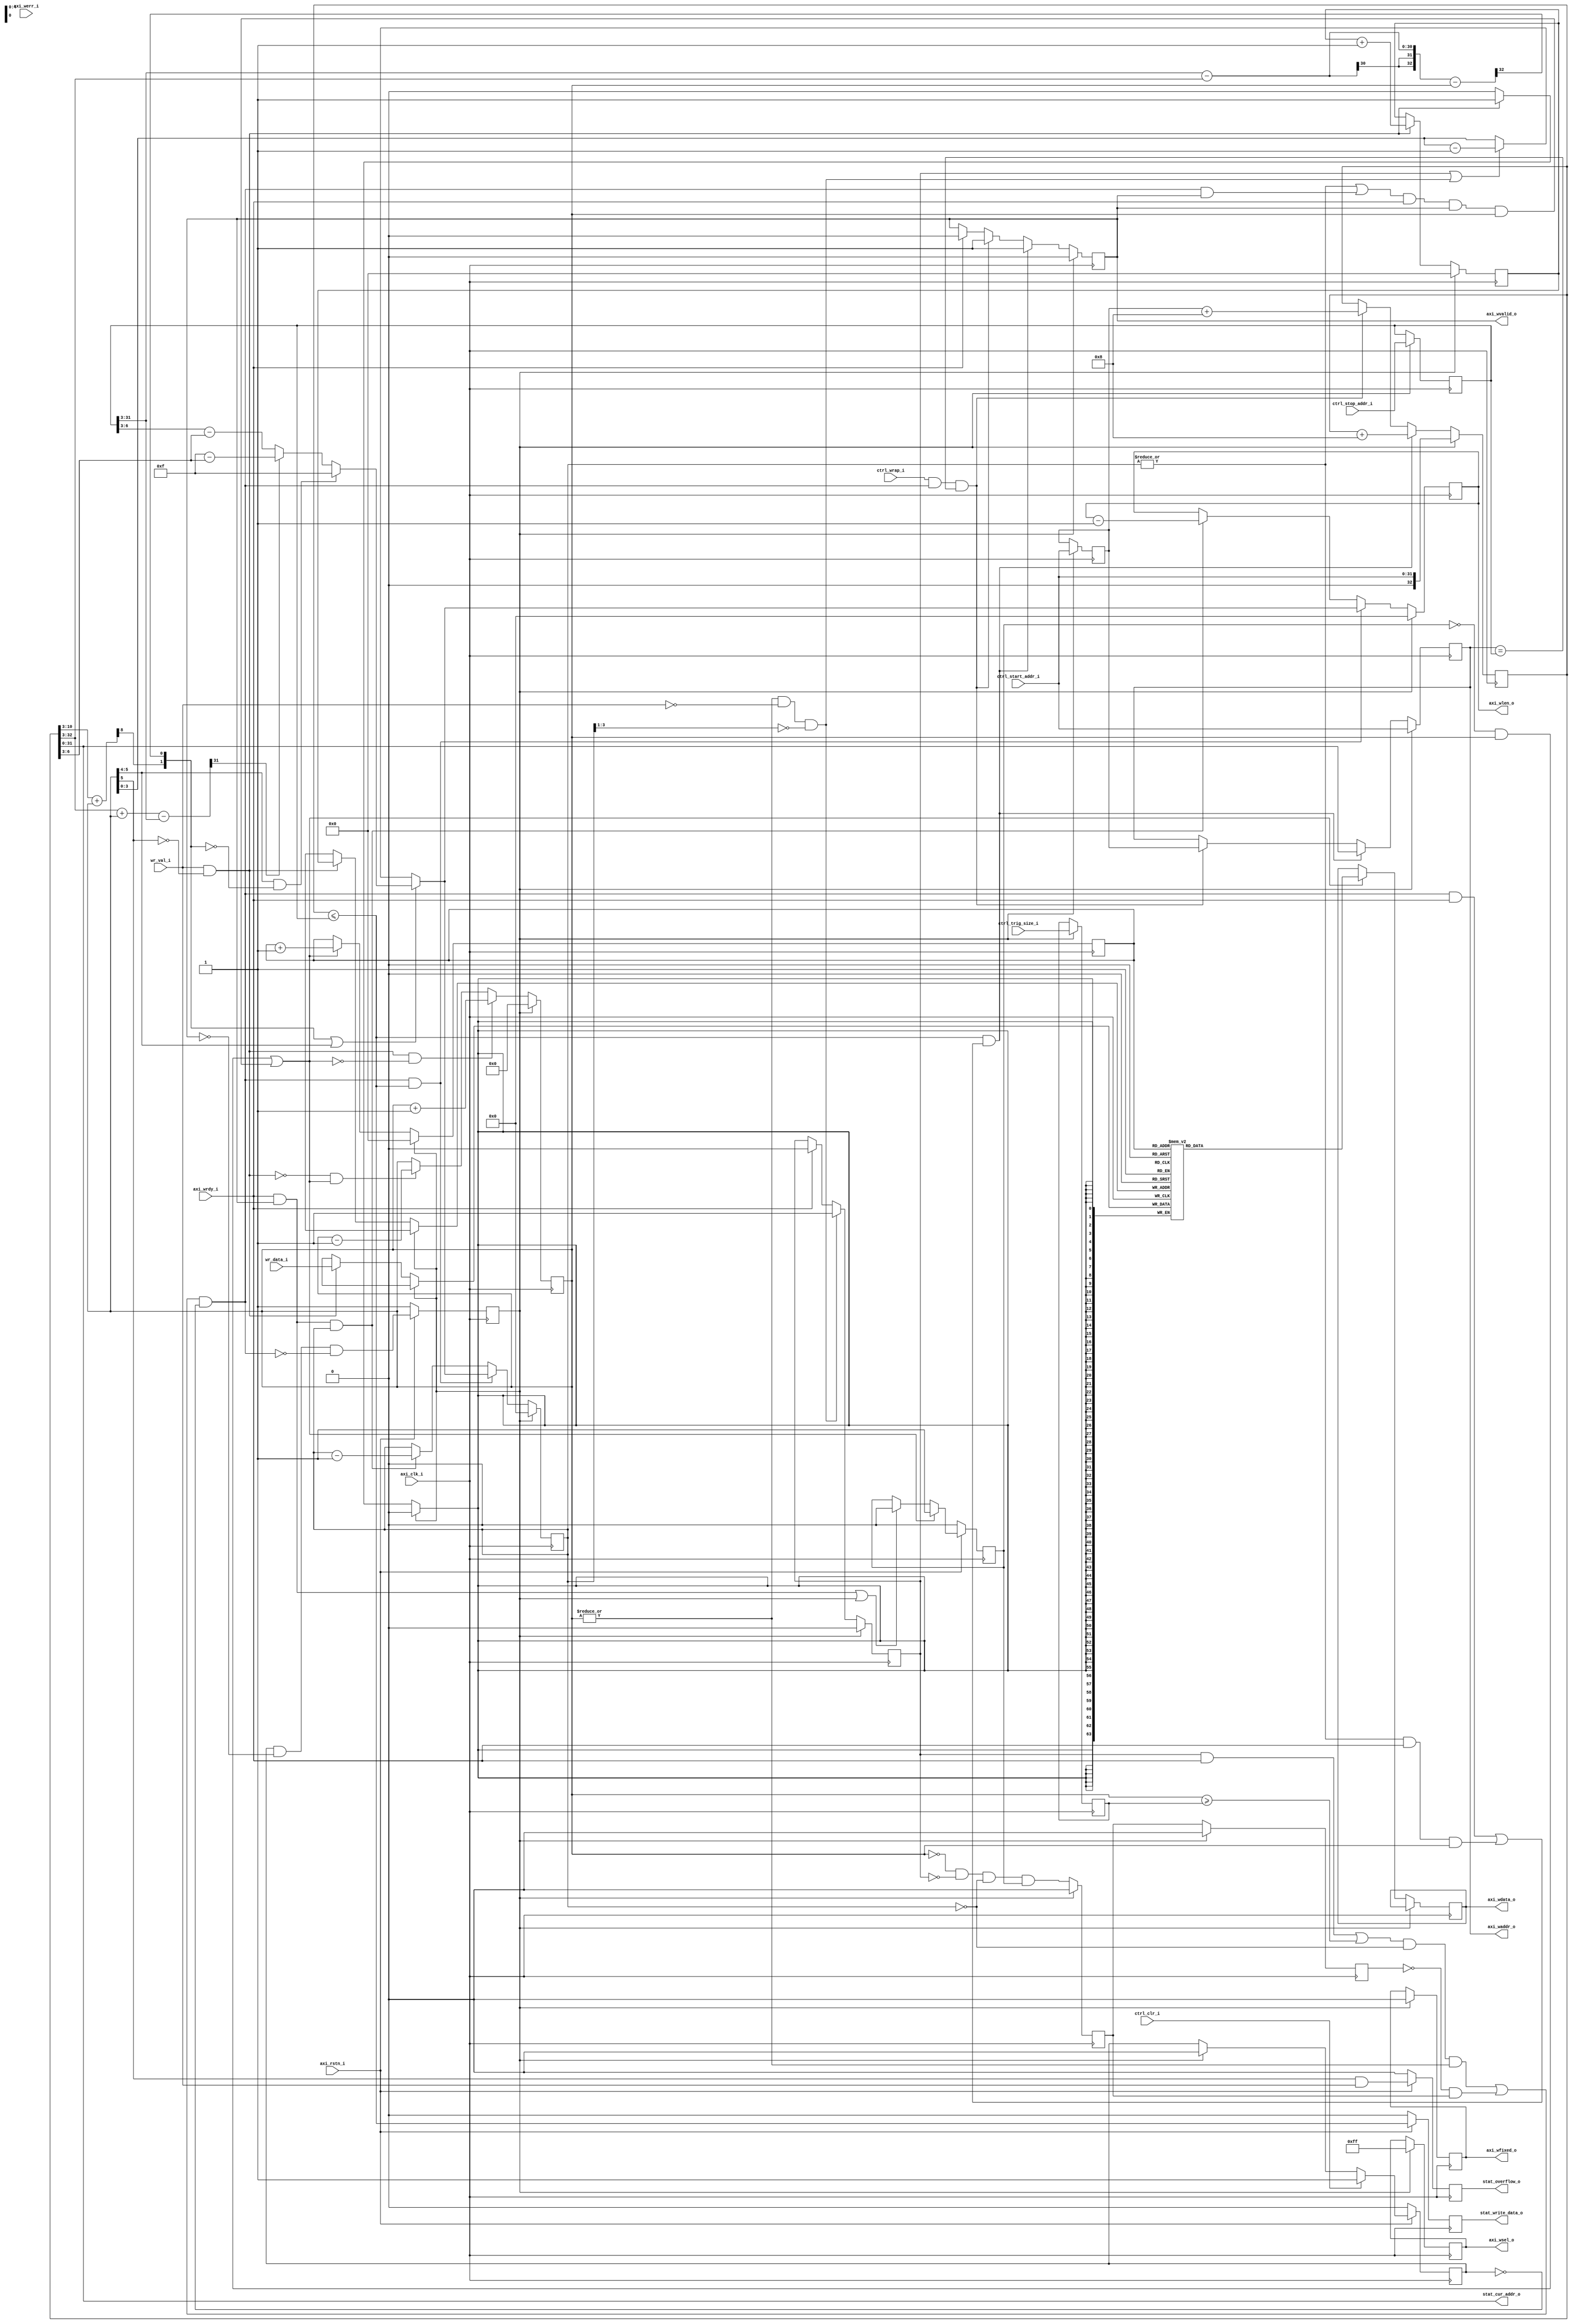
/*
* Copyright (c) 2015 Instrumentation Technologies
* All Rights Reserved.
*
* $Id: $
*/


// synopsys translate_off
`timescale 1ns / 1ps
// synopsys translate_on

module axi_wr_fifo #(
  parameter   DW  =  64      , // data width (8,16,...,1024)
  parameter   AW  =  32      , // address width
  parameter   FW  =   5      , // address width of FIFO pointers
  parameter   SW  = DW >> 3    // strobe width - 1 bit for every data byte
)
(
   // global signals
   input                  axi_clk_i          , // global clock
   input                  axi_rstn_i         , // global reset

   // Connection to AXI master
   output reg  [ AW-1: 0] axi_waddr_o        , // write address
   output reg  [ DW-1: 0] axi_wdata_o        , // write data
   output reg  [ SW-1: 0] axi_wsel_o         , // write byte select
   output reg             axi_wvalid_o       , // write data valid
   output reg  [  4-1: 0] axi_wlen_o         , // write burst length
   output reg             axi_wfixed_o       , // write burst type (fixed / incremental)
   input                  axi_werr_i         , // write error
   input                  axi_wrdy_i         , // write ready

   // data and configuration
   input       [ DW-1: 0] wr_data_i          , // write data
   input                  wr_val_i           , // write data valid
   input       [ AW-1: 0] ctrl_start_addr_i  , // range start address
   input       [ AW-1: 0] ctrl_stop_addr_i   , // range stop address
   input       [  4-1: 0] ctrl_trig_size_i   , // trigger level
   input                  ctrl_wrap_i        , // start from begining when reached stop
   input                  ctrl_clr_i         , // clear / flush
   output reg             stat_overflow_o    , // overflow indicator
   output      [ AW-1: 0] stat_cur_addr_o    , // current address
   output reg             stat_write_data_o    // write data indicator
);



//---------------------------------------------------------------------------------
//
// Write address channel


reg  [ FW-1: 0] wr_pt              ;
reg  [ FW-1: 0] rd_pt              ;
reg  [ FW  : 0] fill_lvl           ;
reg  [ DW-1: 0] fifo[(1<<FW)-1:0]  ;
reg             data_in_reg        ;
reg             clear              ;
reg  [  4-1: 0] dat_cnt            ;
reg  [ AW  : 0] next_address       ;
reg             fifo_flush         ;
reg  [ AW-1: 0] sys_start_addr_r   ;
reg  [ AW-1: 0] sys_stop_addr_r    ;
reg  [  4-1: 0] sys_trig_size_r    ;

wire push = wr_val_i && !fill_lvl[FW] ;
wire pop ;
wire new_burst ;

// overflow detection & indication
always @ (posedge axi_clk_i)
begin
   if (!axi_rstn_i) begin
      stat_overflow_o <= 'h0 ;
   end
   else begin
      stat_overflow_o <= fill_lvl[FW] && wr_val_i;
   end
end

reg clear_do ;
always @ (posedge axi_clk_i)
begin
   if (!axi_rstn_i) begin
      clear    <= 1'h1 ;
      clear_do <= 1'b0 ;
   end
   else begin 
      if (ctrl_clr_i)
         clear_do <= 1'b1 ;
      else if (clear)
         clear_do <= 1'b0 ;

      clear <= clear_do && !axi_wvalid_o && !new_burst;
   end
end



always @ (posedge axi_clk_i)
begin
   if (clear) begin
      wr_pt <= 4'h0 ;
      rd_pt <= 4'h0 ;
   end
   else begin
      if (push) begin
         fifo[wr_pt] <= wr_data_i                  ;
         wr_pt       <= wr_pt + {{FW-1{1'b0}},1'b1} ;
      end

      if (pop) begin
         axi_wdata_o <= fifo[rd_pt]                 ;
         rd_pt       <= rd_pt + {{FW-1{1'b0}},1'b1} ;
      end
   end
end



always @(posedge axi_clk_i)
begin
   if (!axi_rstn_i) begin
      data_in_reg <= 'h0 ;
   end
   else begin
      if (pop)
         data_in_reg <= 1'b1 ;
      else if ((axi_wrdy_i && axi_wvalid_o) || clear)
         data_in_reg <= 1'b0 ;
   end
end


wire fifo_flush_cond = |fill_lvl && !wr_val_i && !dat_cnt[3:1];

always @(posedge axi_clk_i)
begin
   if (clear) begin
      fill_lvl   <= {FW+1{1'h0}} ;
      fifo_flush <= 1'h0 ;
   end
   else begin
      if (push && !pop)
         fill_lvl <= fill_lvl + {{FW{1'b0}}, 1'h1} ;
      else if(!push && pop)
         fill_lvl <= fill_lvl - {{FW{1'b0}}, 1'h1} ;

      if (fifo_flush_cond)
         fifo_flush <= 1'b1 ;
      else if (axi_wrdy_i)
         fifo_flush <= 1'b0 ;
   end
end










wire [8   :0] next_end_address   = next_address[10:3] + {3'h0,fill_lvl} ; // to where we have data
wire [AW  :0] next_stop_address  = {1'b0,sys_stop_addr_r[AW-1:3]} - next_address[AW:3] - {{AW-FW+1{1'h0}},fill_lvl} ;

// select which boundary condition is more restricting - 0x0 - 4k boundary is more restricting; 0x1 end address is more restricting
wire [AW+1:0] boundary_condition = {1'b0,next_address[AW:3]} + {{AW-FW+1{1'h0}},fill_lvl} - {1'b0,sys_stop_addr_r[AW-1:3]} ;

// select which boundary condition is more restricting, next transmission would cross the 4k address boundary (64-bit access) or stop address
wire [2   :0] boundary_cross     = {boundary_condition[AW+1], next_end_address[8],next_stop_address[AW]} ;

// prevents data to be trapped in output register
reg  single_burst    ;
reg  single_burst_r  ;
wire single_burst_posedge = !single_burst_r && single_burst;

always @(posedge axi_clk_i)
begin
   if (clear) begin
      single_burst   <= 'h0 ;
      single_burst_r <= 'h0 ;
   end
   else begin
      single_burst   <= (!fill_lvl && !fifo_flush && !dat_cnt && data_in_reg) ;
      single_burst_r <= single_burst ;
   end
end


assign new_burst = (((fifo_flush && axi_wrdy_i) || (fill_lvl >= {{FW-4{1'b0}},sys_trig_size_r})) && !dat_cnt && |fill_lvl 
                 || single_burst_posedge)
                 && !clear_do;

always @(posedge axi_clk_i)
begin
   if (clear) begin
      dat_cnt      <= 4'h0 ;
      axi_wsel_o   <= {SW{1'b1}} ;
      axi_wfixed_o <= 1'b0 ;
      axi_wlen_o   <= 4'h0 ;
   end
   else begin
      if (new_burst && (next_address <= {1'b0,sys_stop_addr_r})) begin
         if (boundary_cross[1:0] || fill_lvl[FW:4]) begin
            if (fill_lvl[FW:4] && !boundary_cross[1:0]) begin  //enough space to stop address  --!boundary_cross[1:0]
               dat_cnt    <= 4'hF ;
               axi_wlen_o <= 4'hF ;
            end
            else begin
               // select which boundary condition is more restricting 
               // 0x0 - 4k boundary is more restricting
               // 0x1 - end address is more restricting
               if (boundary_cross[2]) begin
                  dat_cnt    <= 4'hF - next_address[6:3];
                  axi_wlen_o <= 4'hF - next_address[6:3];
               end
               else begin
                  dat_cnt    <= sys_stop_addr_r[6:3] - next_address[6:3];
                  axi_wlen_o <= sys_stop_addr_r[6:3] - next_address[6:3];
               end
            end
         end
         else begin
            if (fifo_flush || fifo_flush_cond) begin
               dat_cnt    <= fill_lvl[3:0] - 4'h1 ;
               axi_wlen_o <= fill_lvl[3:0] - 4'h1 ;
            end
            else begin
               dat_cnt    <= fill_lvl[3:0] ;
               axi_wlen_o <= fill_lvl[3:0] ;
            end
         end
      end
      else if (axi_wrdy_i && axi_wvalid_o && dat_cnt) begin
         dat_cnt    <= dat_cnt    - 4'h1;
         axi_wlen_o <= axi_wlen_o - 4'h1;
      end
   end
end


wire [4-1: 0] aaaa = 4'hF - next_address[6:3];
wire [4-1: 0] bbbb = sys_stop_addr_r[6:3] - next_address[6:3];
wire [4-1: 0] cccc = fill_lvl[3:0] - 4'h1;
wire [4-1: 0] dddd = fill_lvl[3:0];




assign pop =  (!data_in_reg && fill_lvl) || ((|dat_cnt || (new_burst && axi_wvalid_o)) 
            && axi_wrdy_i && axi_wvalid_o && fill_lvl) ;

always @(posedge axi_clk_i)
begin
   if (clear) begin
      axi_wvalid_o     <= 1'h0                     ;
      axi_waddr_o      <= ctrl_start_addr_i        ;
      next_address     <= {1'b0,ctrl_start_addr_i} ;
      sys_start_addr_r <= ctrl_start_addr_i        ;
      sys_stop_addr_r  <= ctrl_stop_addr_i         ;
      sys_trig_size_r  <= ctrl_trig_size_i         ;
   end
   else begin
      if ((next_address <= {1'b0,sys_stop_addr_r}) && // still in address rage
          ( (new_burst && axi_wrdy_i) || (|dat_cnt && axi_wrdy_i && fill_lvl) ) ) begin  //new burst || still data in package
         axi_wvalid_o <= 1'h1 ;
         next_address <= next_address + DW/8  ; // in bytes
         axi_waddr_o  <= next_address[AW-1:0] ;
      end
      else if (ctrl_wrap_i && new_burst && (axi_waddr_o==sys_stop_addr_r)) begin //wrap around
         axi_wvalid_o <= 1'h1 ;
         next_address <= {1'b0,sys_start_addr_r} + DW/8  ; // in bytes
         axi_waddr_o  <= sys_start_addr_r ;
      end
      else if (axi_wrdy_i) begin
         axi_wvalid_o <= 1'h0 ;
      end
   end
end


// write data indication
always @(posedge axi_clk_i)
begin
   if (!axi_rstn_i) begin
      stat_write_data_o <= 'h0 ;
   end
   else begin
      stat_write_data_o <= (next_address <= {1'b0,sys_stop_addr_r}) ; // address in range
   end
end

assign stat_cur_addr_o = next_address ; // current address



endmodule // axi_wr_fifo